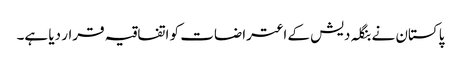
پاکستان نے بنگلہ دیش کے اعتراضات کو اتفاقیہ قرار دیا ہے۔